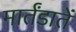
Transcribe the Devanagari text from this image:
मार्तंडातें